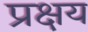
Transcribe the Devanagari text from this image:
प्रक्षय